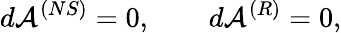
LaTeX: d{\cal A}^{(NS)}=0,\qquad d{\cal A}^{(R)}=0,